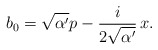
\begin{align*}b_0=\sqrt{\alpha'}p-\frac{i}{2\sqrt{\alpha'}}\,x. \end{align*}